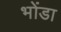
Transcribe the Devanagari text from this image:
भोंडा